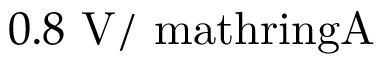
0 . 8 \ \mathrm { V / \ m a t h r i n g { A } }